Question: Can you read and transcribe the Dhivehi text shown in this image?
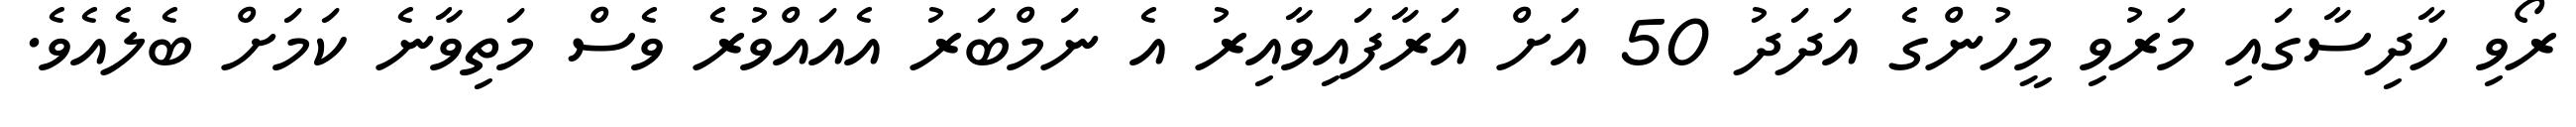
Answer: ރޯވި ހާދިސާގައި މަރުވި މީހުންގެ އަދަދު 50 އަށް އަރާފައިވާއިރު އެ ނަމްބަރު އެއައްވުރެ ވެސް މަތިވާނެ ކަމަށް ބެލެއެވެ.